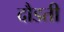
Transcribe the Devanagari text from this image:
दौडती